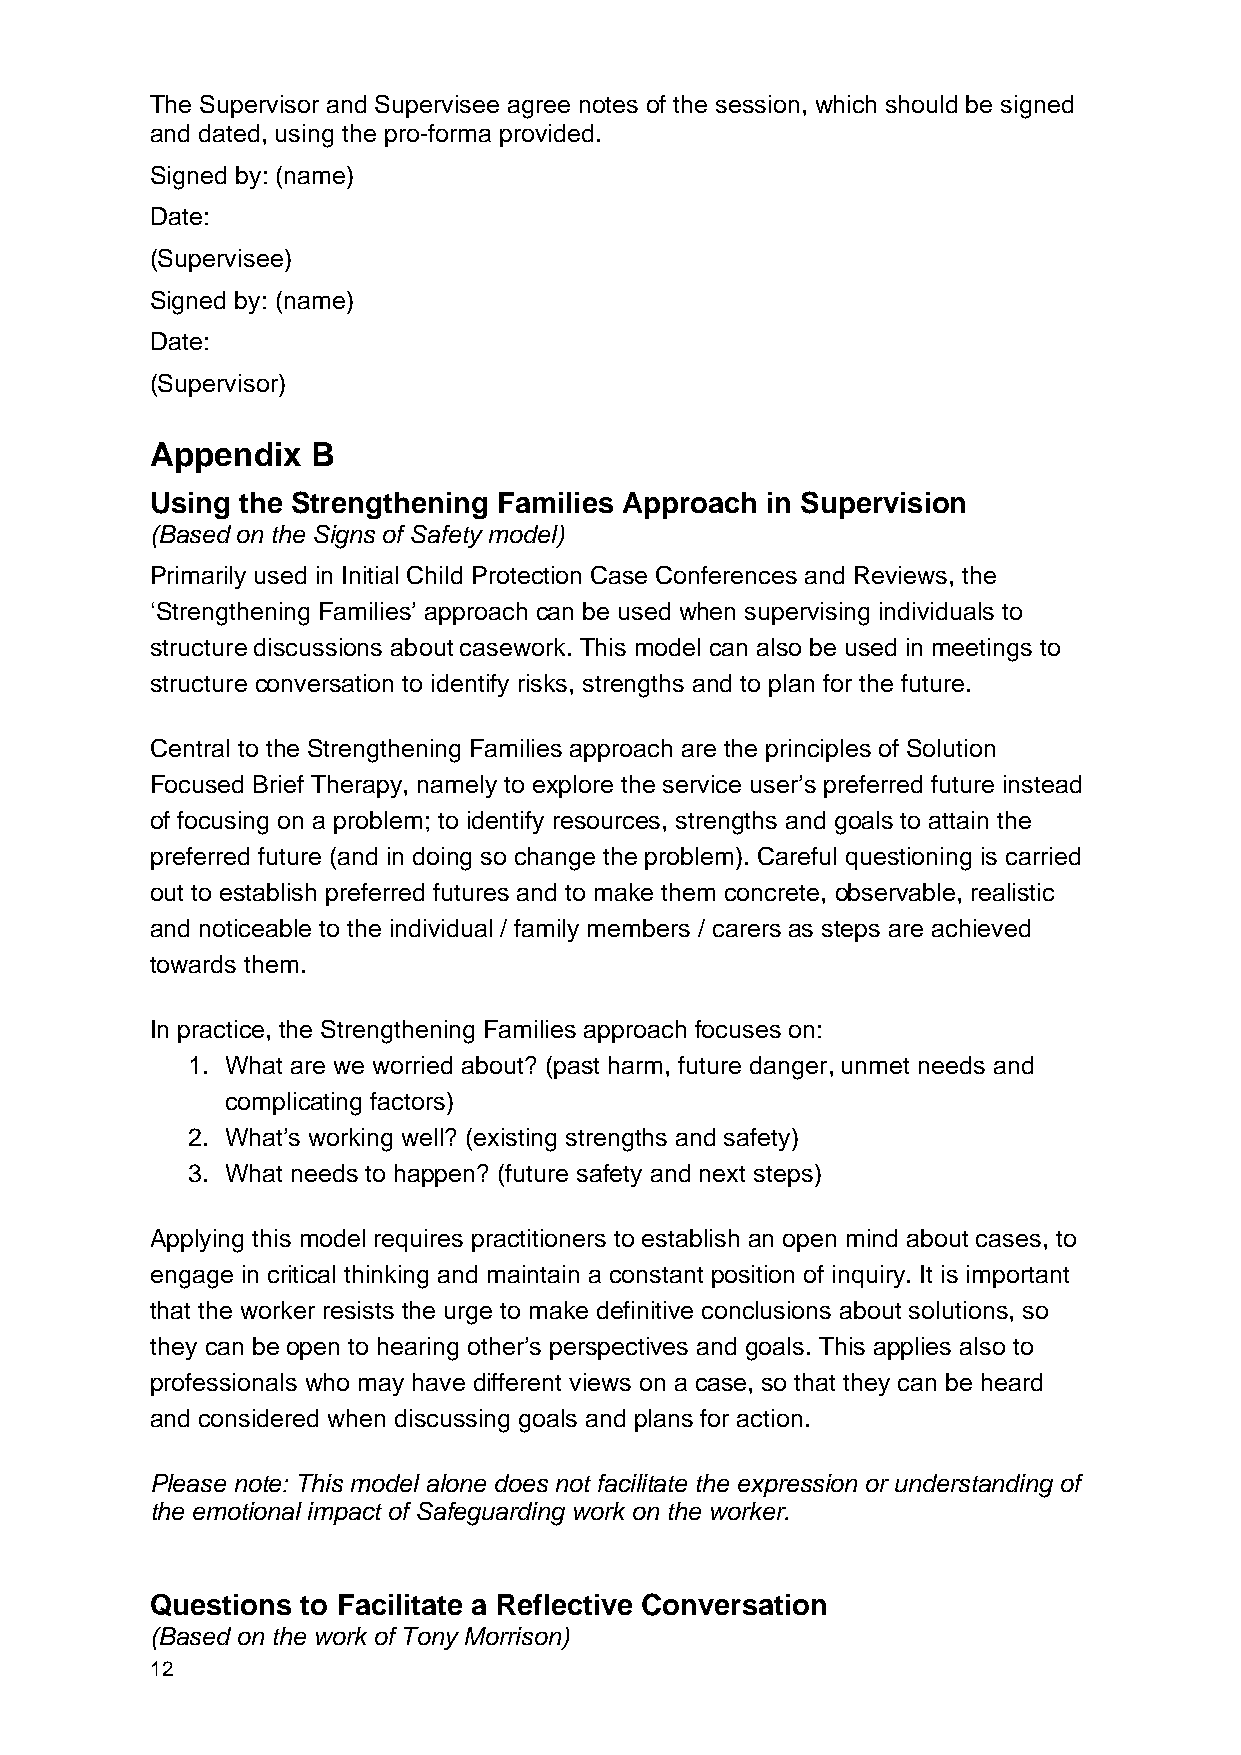
The Supervisor and Supervisee agree notes of the session, which should be signed
 and dated, using the pro-forma provided.
 Signed by: (name)
 Date:
 (Supervisee)
 Signed by: (name)
 Date:
 (Supervisor)
 Appendix   B
 Using the Strengthening Families Approach in Supervision
 (Based on the Signs of Safety model)
 Primarily used in Initial Child Protection Case Conferences and Reviews, the
 ‘Strengthening Families’ approach can be used when supervising individuals to
 structure discussions about casework. This model can also be used in meetings to
 structure conversation to identify risks, strengths and to plan for the future.
 Central to the Strengthening Families approach are the principles of Solution
 Focused Brief Therapy, namely to explore the service user’s preferred future instead
 of focusing on a problem; to identify resources, strengths and goals to attain the
 preferred future (and in doing so change the problem). Careful questioning is carried
 out to establish preferred futures and to make them concrete, observable, realistic
 and noticeable to the individual / family members / carers as steps are achieved
 towards them.
 In practice, the Strengthening Families approach focuses on:
 1. What are we worried about? (past harm, future danger, unmet needs and
 complicating factors)
 2. What’s working well? (existing strengths and safety)
 3. What needs to happen? (future safety and next steps)
 Applying this model requires practitioners to establish an open mind about cases, to
 engage in critical thinking and maintain a constant position of inquiry. It is important
 that the worker resists the urge to make definitive conclusions about solutions, so
 they can be open to hearing other’s perspectives and goals. This applies also to
 professionals who may have different views on a case, so that they can be heard
 and considered when discussing goals and plans for action.
 Please note: This model alone does not facilitate the expression or understanding of
 the emotional impact of Safeguarding work on the worker.
 Questions to Facilitate a Reflective Conversation
 (Based on the work of Tony Morrison)
 12